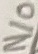
Text: N/O